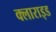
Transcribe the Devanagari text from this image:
क्लाराइड